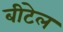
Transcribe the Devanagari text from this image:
बीटेल